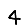
Digit: 4